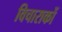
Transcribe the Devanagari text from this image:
विचाराकों